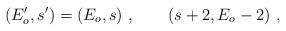
LaTeX: \begin{align*}(E_o^{\prime },s^{\prime })=(E_o,s)\ ,\qquad (s+2,E_o-2)\ ,\end{align*}